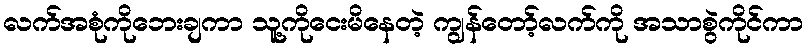
လက်အစုံကိုဘေးချကာ သူ့ကိုငေးမိနေတဲ့ ကျွန်တော့်လက်ကို အသာစွဲကိုင်ကာ